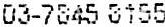
03-7845 8155